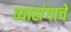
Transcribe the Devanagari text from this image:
व्यासंगाचे